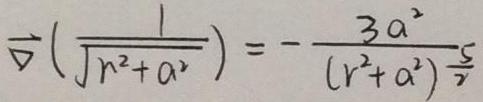
$\vec{\nabla}\left(\frac{1}{\sqrt{r^{2}+a^{2}}}\right)=-\frac{3 a^{2}}{\left(r^{2}+a^{2}\right)^{\frac{5}{2}}}$